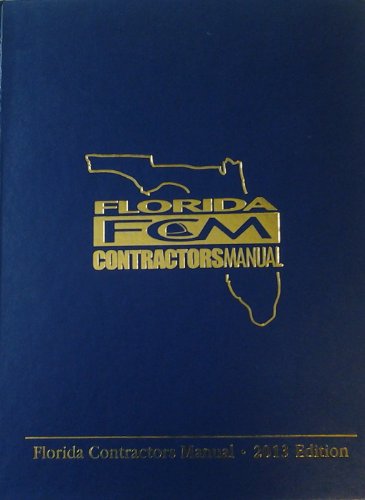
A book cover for Florida Contractors Manual 2013; Associated Builders and Contractors Florida East Coast Chapter; Engineering & Transportation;